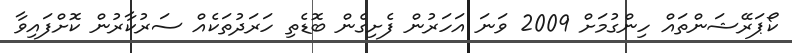
ކޯޕަރޭޝަންތައް ހިންގުމަށް 2009 ވަނަ އަހަރުން ފެށިގެން ބޮޑެތި ހަރަދުތަކެއް ސަރުކާރުން ކޮށްފައިވާ